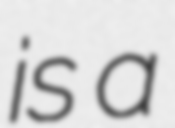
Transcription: is a